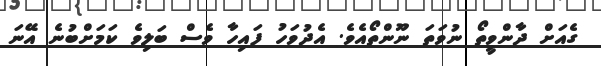
ގެއަށް ދާންވީތޯ ނުވަތަ ނޫންތޯއެވެ. އެދުވަހު ފައިހާ ވެސް ބަލިވެ ކަމަށްބުނެ އޭނަ